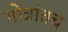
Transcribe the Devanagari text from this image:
गोत्रांतच